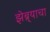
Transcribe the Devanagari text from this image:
झेब्र्याचा